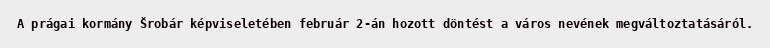
A prágai kormány Šrobár képviseletében február 2-án hozott döntést a város nevének megváltoztatásáról.